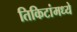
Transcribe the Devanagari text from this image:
तिकिटांमध्ये